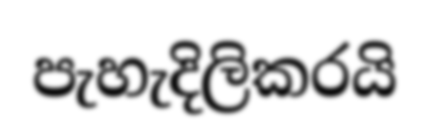
පැහැදිලිකරයි